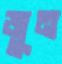
জুন